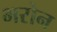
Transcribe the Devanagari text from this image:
भरोन